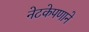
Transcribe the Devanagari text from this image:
नेटकेपणाने